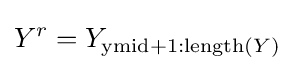
Y^{r}=Y_{\mathrm {ymid} +1:\operatorname {length} (Y)}